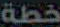
خطة